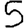
Digit: 5